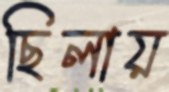
ছিলায়